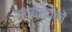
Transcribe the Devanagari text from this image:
स्वयंस्वेकों